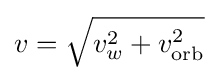
v={\sqrt {v_{w}^{2}+v_{\text{orb}}^{2}}}